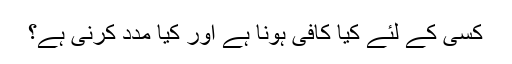
کسی کے لئے کیا کافی ہونا ہے اور کیا مدد کرنی ہے؟